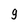
Character: g